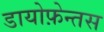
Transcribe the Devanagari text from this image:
डायोफ़ेन्तस